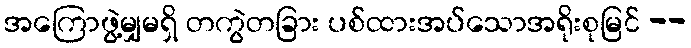
အကြောဖွဲ့မျှမရှိ တကွဲတခြား ပစ်ထားအပ်သောအရိုးစုမြင် --